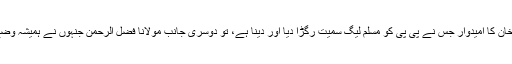
ایک جانب عمران خان کا امیدوار جس نے پی پی کو مسلم لیگ سمیت رگڑا دیا اور دینا ہے، تو دوسری جانب مولانا فضل الرحمٰن جنہوں نے ہمیشہ وضع داری قائم رکھی۔